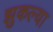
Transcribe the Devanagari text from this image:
झुकल्या